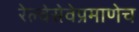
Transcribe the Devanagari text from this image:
रेल्वेसेवेप्रमाणेच